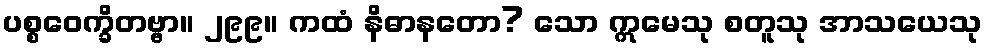
ပစ္စဝေက္ခိတဗ္ဗာ။ ၂၉၉။ ကထံ နိဓာနတော? သော ဣမေသု စတူသု အာသယေသု